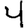
Digit: 4